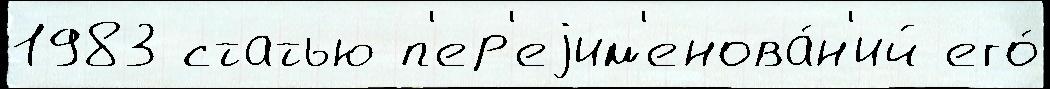
1983 статью п'ер'еjим'енова́н'ий его́